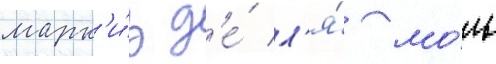
марк'и́з д'е́ л'я́ мо́ль